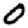
Digit: 0